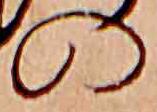
の